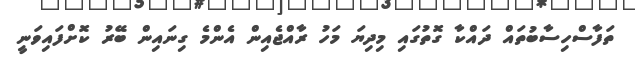
ތަފާސްހިސާބުތައް ދައްކާ ގޮތުގައި މިދިޔަ މަހު ރާއްޖެއިން އެންމެ ގިނައިން ބޭރު ކޮށްފައިވަނީ